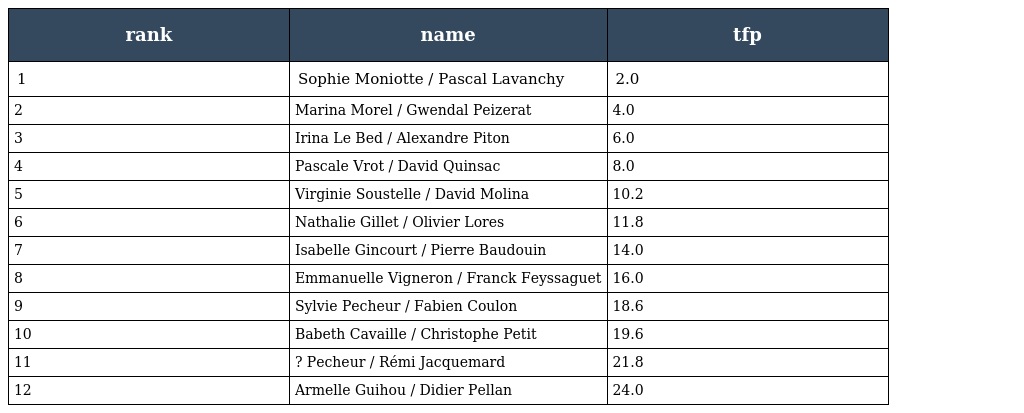
| rank | name | tfp |
 | --- | --- | --- |
 | 1 | Sophie Moniotte / Pascal Lavanchy | 2.0 |
 | 2 | Marina Morel / Gwendal Peizerat | 4.0 |
 | 3 | Irina Le Bed / Alexandre Piton | 6.0 |
 | 4 | Pascale Vrot / David Quinsac | 8.0 |
 | 5 | Virginie Soustelle / David Molina | 10.2 |
 | 6 | Nathalie Gillet / Olivier Lores | 11.8 |
 | 7 | Isabelle Gincourt / Pierre Baudouin | 14.0 |
 | 8 | Emmanuelle Vigneron / Franck Feyssaguet | 16.0 |
 | 9 | Sylvie Pecheur / Fabien Coulon | 18.6 |
 | 10 | Babeth Cavaille / Christophe Petit | 19.6 |
 | 11 | ? Pecheur / Rémi Jacquemard | 21.8 |
 | 12 | Armelle Guihou / Didier Pellan | 24.0 |